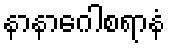
နာနာဂေါစရာနံ